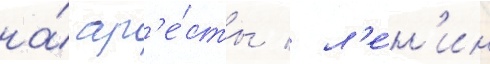
на́ ар'е́сты / л'е́н'ин